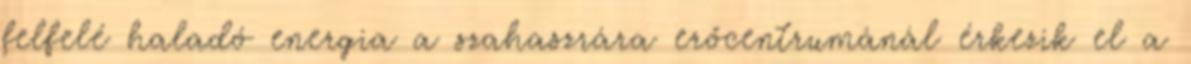
felfelé haladó energia a szahaszrára erőcentrumánál érkezik el a